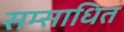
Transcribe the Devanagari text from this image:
सम्साधित